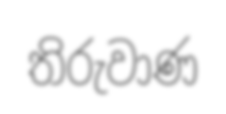
තිරුවාණ